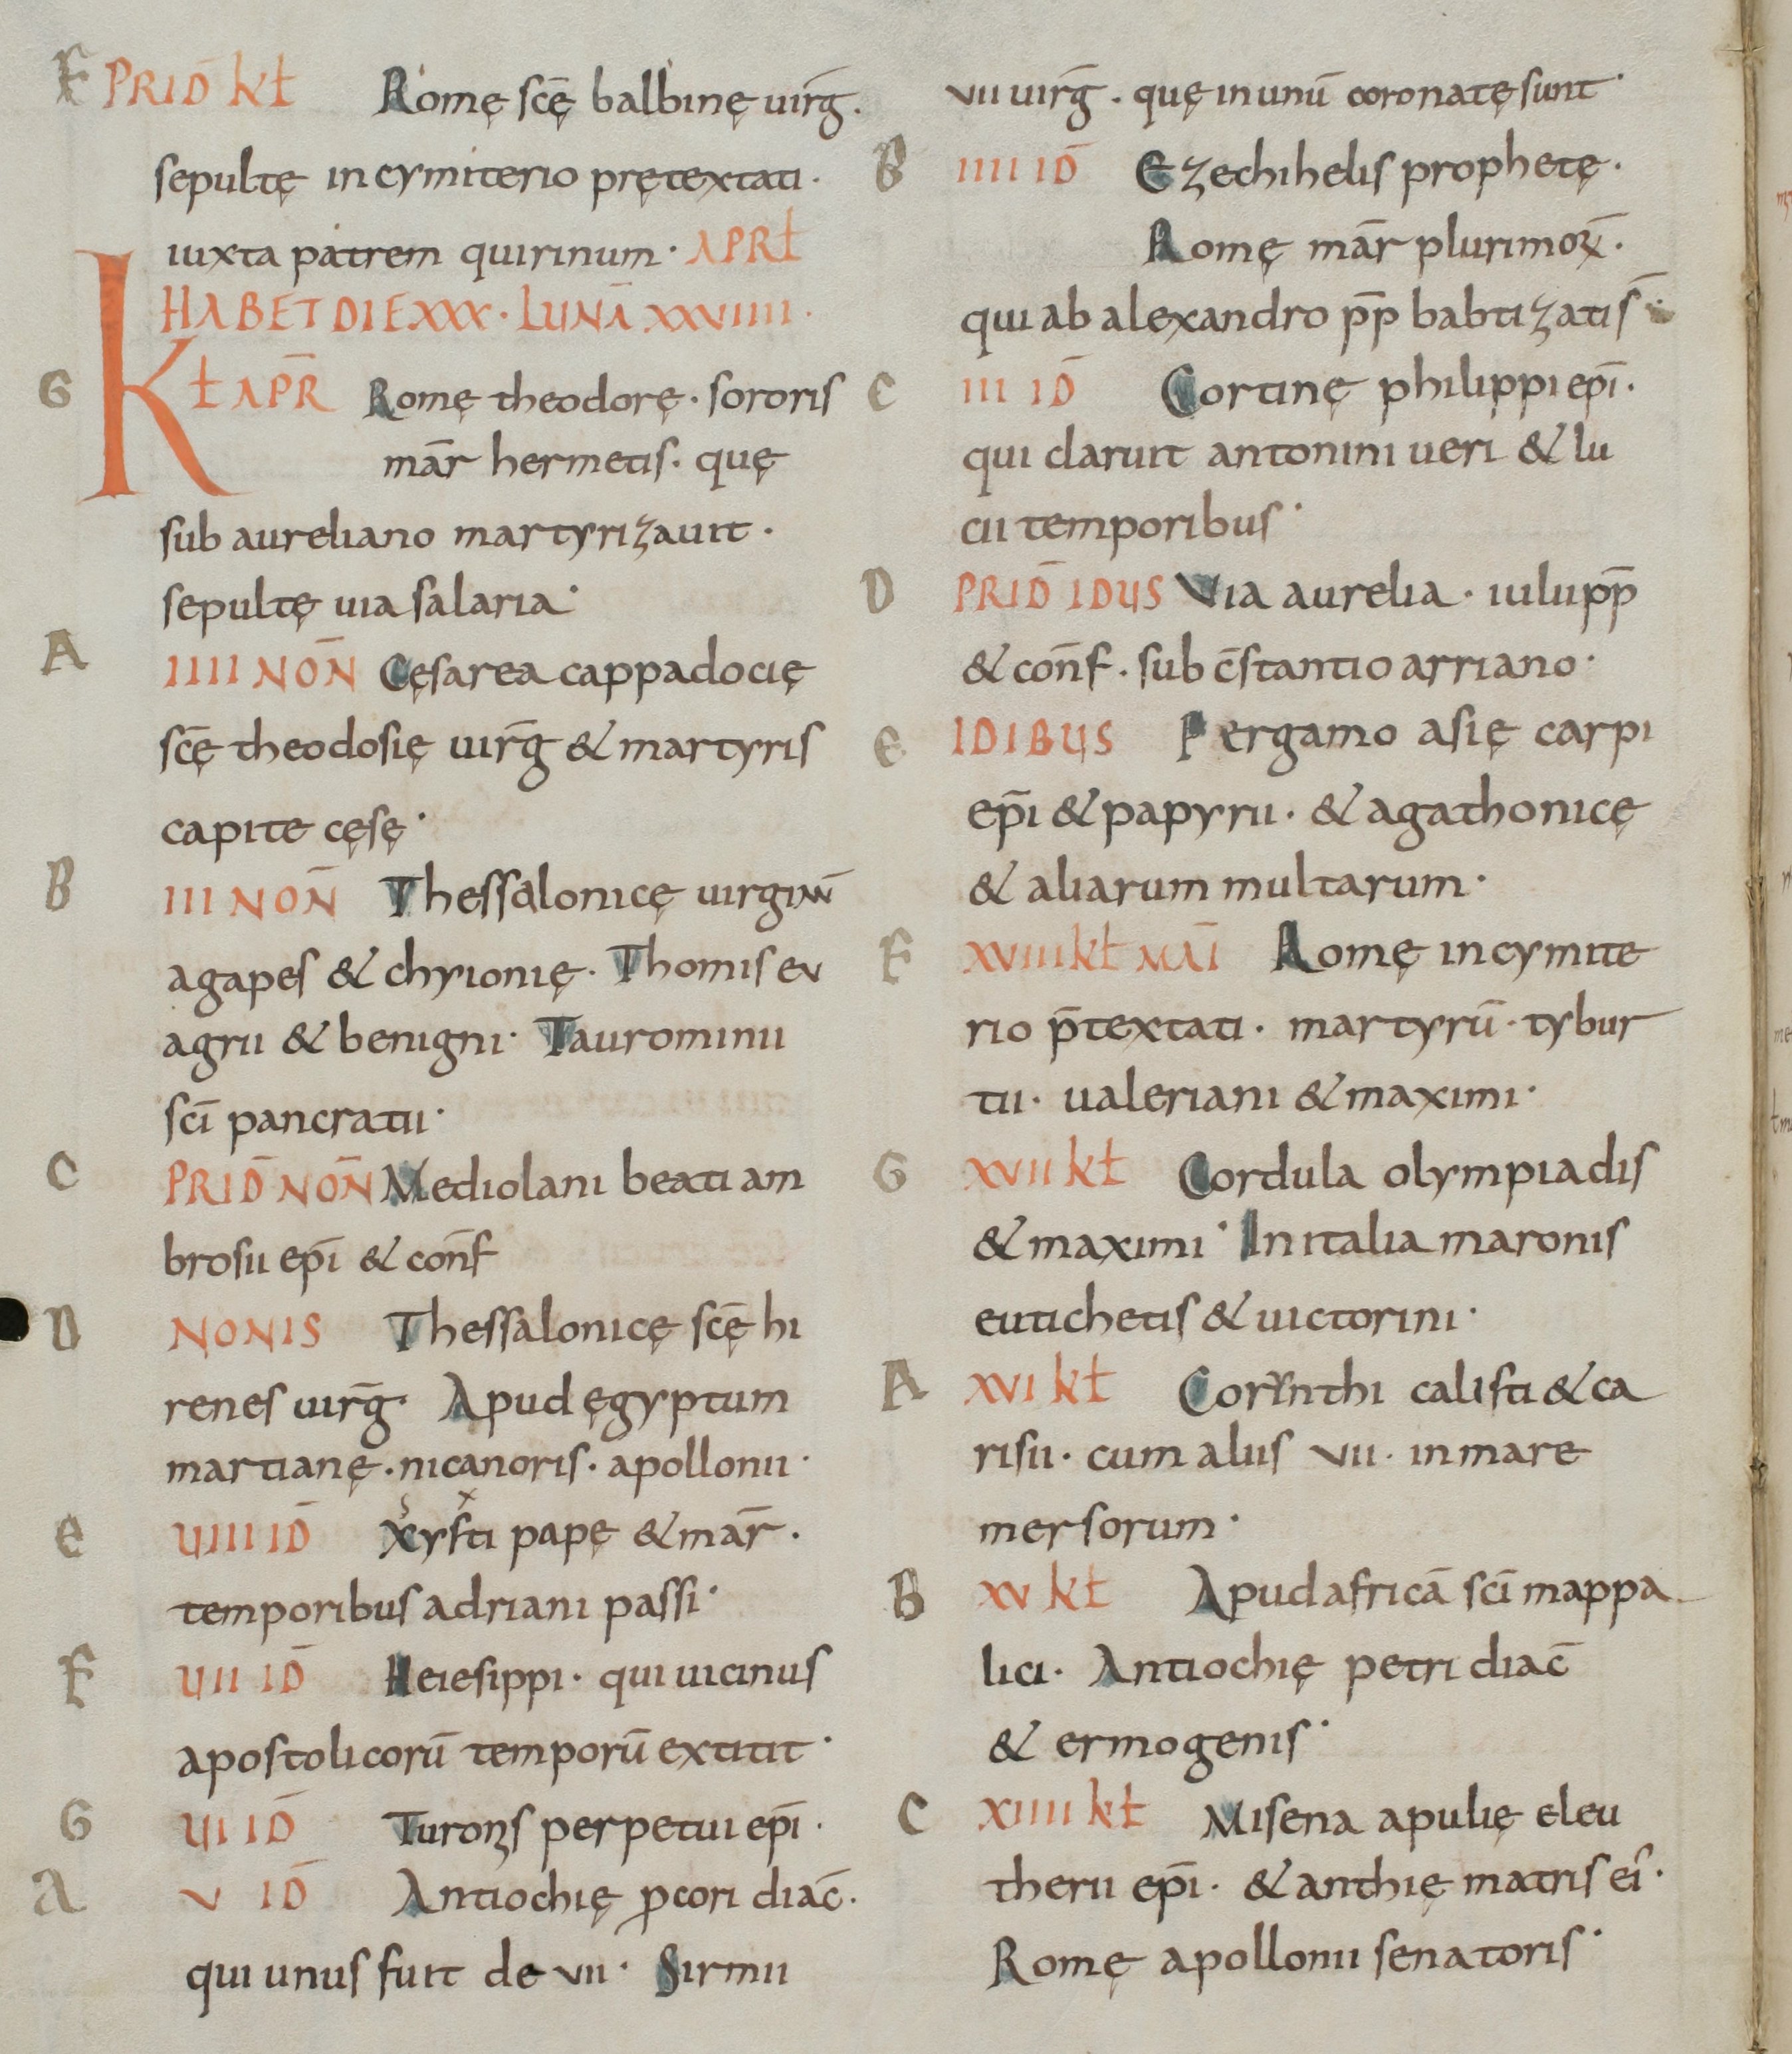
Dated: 800–949